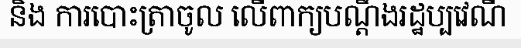
និង ការបោះត្រាចូល លើពាក្យបណ្តឹងរដ្ឋប្បវេណី